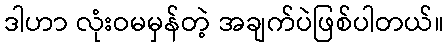
ဒါဟာ လုံးဝမမှန်တဲ့ အချက်ပဲဖြစ်ပါတယ်။